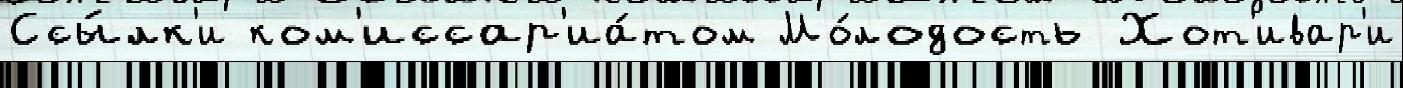
Ссы́лк'и ком'иссар'иа́том Мо́лодость Хот'ивар'и